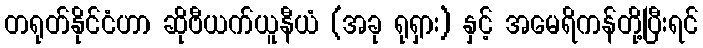
တရုတ်နိုင်ငံဟာ ဆိုဗီယက်ယူနီယံ (အခု ရုရှား) နှင့် အမေရိကန်တို့ပြီးရင်